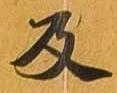
及